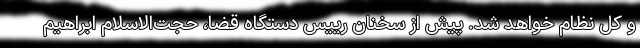
و کل نظام خواهد شد. پیش از سخنان رییس دستگاه قضا، حجت‌الاسلام ابراهیم